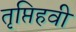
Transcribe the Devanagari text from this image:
तृप्तिहवी